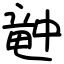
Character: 𥪝